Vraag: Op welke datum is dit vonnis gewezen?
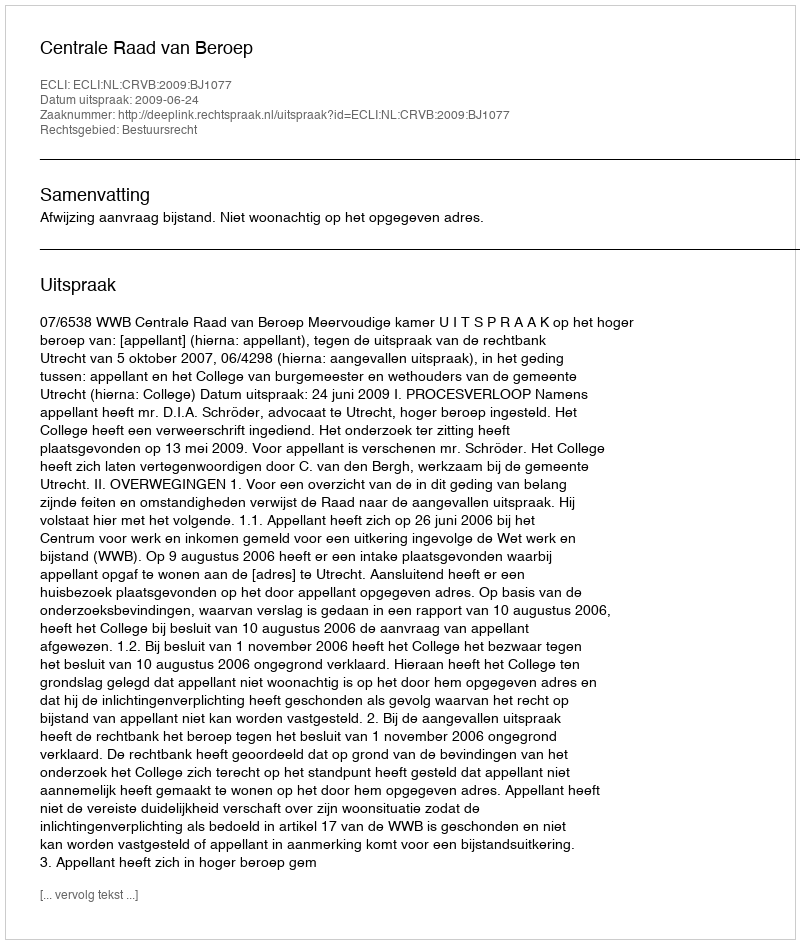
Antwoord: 2009-06-24